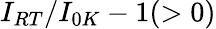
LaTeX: I_{RT}/I_{0K}-1(>0)